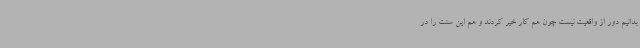
بدانیم دور از واقعیت نیست چون هم کار خیر کردند و هم این سنت را در